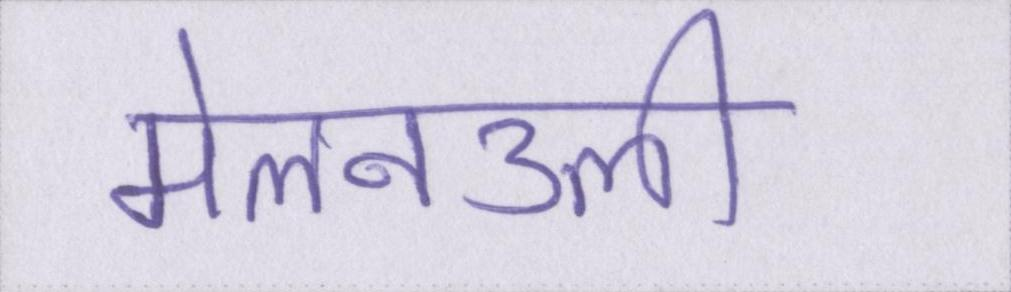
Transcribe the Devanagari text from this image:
मेलनउली